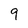
Character: 9